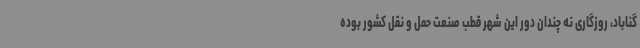
گناباد، روزگاری نه چندان دور این شهر قطب صنعت حمل و نقل کشور بوده